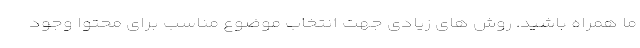
ما همراه باشید. روش های زیادی جهت انتخاب موضوع مناسب برای محتوا وجود